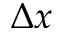
\Delta x